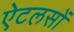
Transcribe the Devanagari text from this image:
ऐटलसों